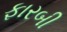
ફારબી